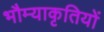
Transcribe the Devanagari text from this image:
भौम्याकृतियों